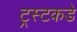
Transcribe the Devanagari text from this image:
ट्रस्टकडे